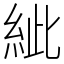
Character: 紪